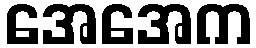
အေအေက